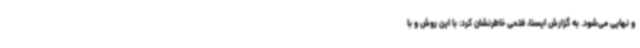
و نهایی می‌شود. به گزارش ایسنا، فتحی خاطرنشان کرد: با این روش و با